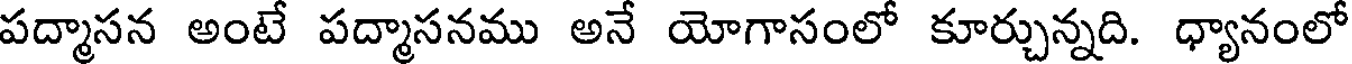
పద్మాసన అంటే పద్మాసనము అనే యోగాసంలో కూర్చున్నది. ధ్యానంలో